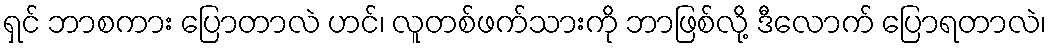
ရှင် ဘာစကား ပြောတာလဲ ဟင်၊ လူတစ်ဖက်သားကို ဘာဖြစ်လို့ ဒီလောက် ပြောရတာလဲ၊